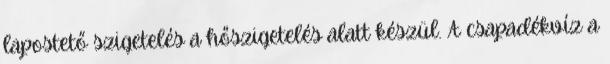
lapostető szigetelés a hőszigetelés alatt készül. A csapadékvíz a